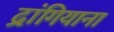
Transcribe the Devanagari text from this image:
द्रांगियाना